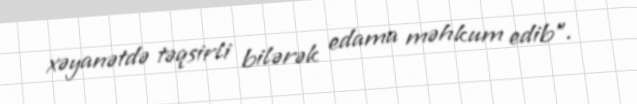
xəyanətdə təqsirli bilərək edama məhkum edib”.